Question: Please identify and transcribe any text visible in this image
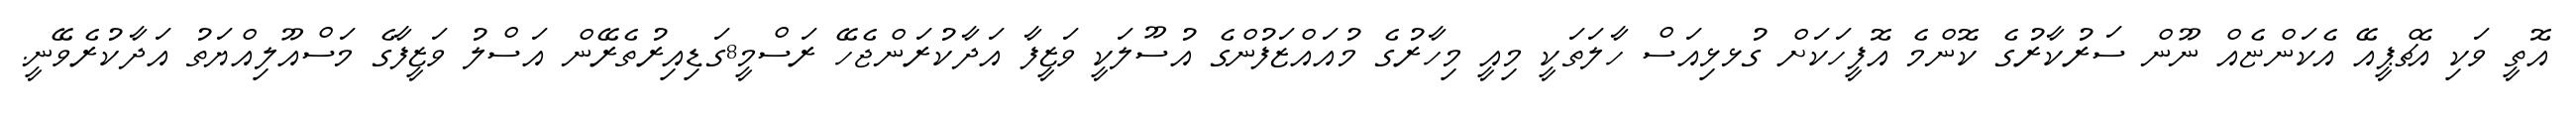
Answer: އޮތީ ވަކި އެޗްޕީއޭ އެކަންޏެއް ނޫން ސަރުކާރުގެ ކޮންމެ އޮފީހަކަށް ގުޅޅިއަސް ހާލަތަކީ މިއީ މިހާރުގެ މުއައްޒަފުންގެ އުސޫލަކީ ވަޒީފާ އަދާކުރަންޖެހޭ ރަސްމީ8ގަޑިއިރުތެރޭން އަސްލު ވަޒީފާގެ މަސްއޫލިއްޔަތު އަދާކުރެވޭނީ.